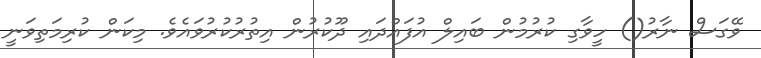
ވޭގަސް ނާރު() ހީވާގި ކުރުމުން ބައިލް އުފައްދައި ދޫކުރުން އިތުރުކުރުވައެވެ. މިކަން ކުރިމަތިވަނީ